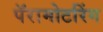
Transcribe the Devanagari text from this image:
पॅरामोटरिंग